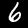
Digit: 6